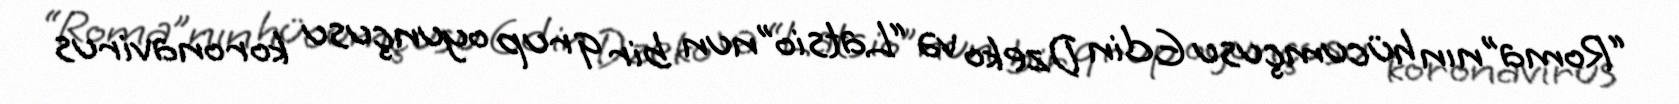
“Roma”nın hücumçusu Edin Dzeko və “Latsio”nun bir qrup oyunçusu koronavirus